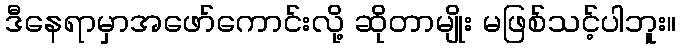
ဒီနေရာမှာအဖော်ကောင်းလို့ ဆိုတာမျိုး မဖြစ်သင့်ပါဘူး။